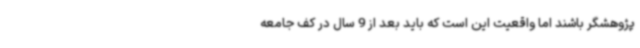
پژوهشگر باشند اما واقعیت این است که باید بعد از 9 سال در کف جامعه